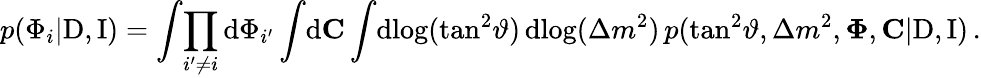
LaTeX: p(\Phi_{i}|\mathrm{D},\mathrm{I})=\int\! \prod_{i^{\prime}\neq i}\mathrm{d}\Phi_{i^{\prime}}\int\! \mathrm{d}\mathbf{C}\int\! \mathrm{d}\! \log(\tan^{2}\! \vartheta)\, \mathrm{d}\! \log(\Delta{m}^{2})\, p(\tan^{2}\! \vartheta,\Delta{m}^{2},\mathbf{\Phi},\mathbf{C}|\mathrm{D},\mathrm{I})\, .